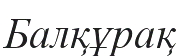
Балқұрақ